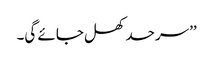
’’سرحد کھل جائے گی۔